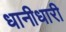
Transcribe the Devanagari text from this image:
धानीधारी